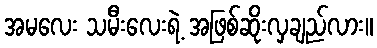
အမလေး သမီးလေးရဲ့ အဖြစ်ဆိုးလှချည်လား။